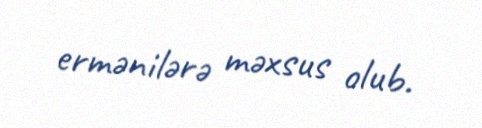
ermənilərə məxsus olub.